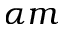
\alpha m